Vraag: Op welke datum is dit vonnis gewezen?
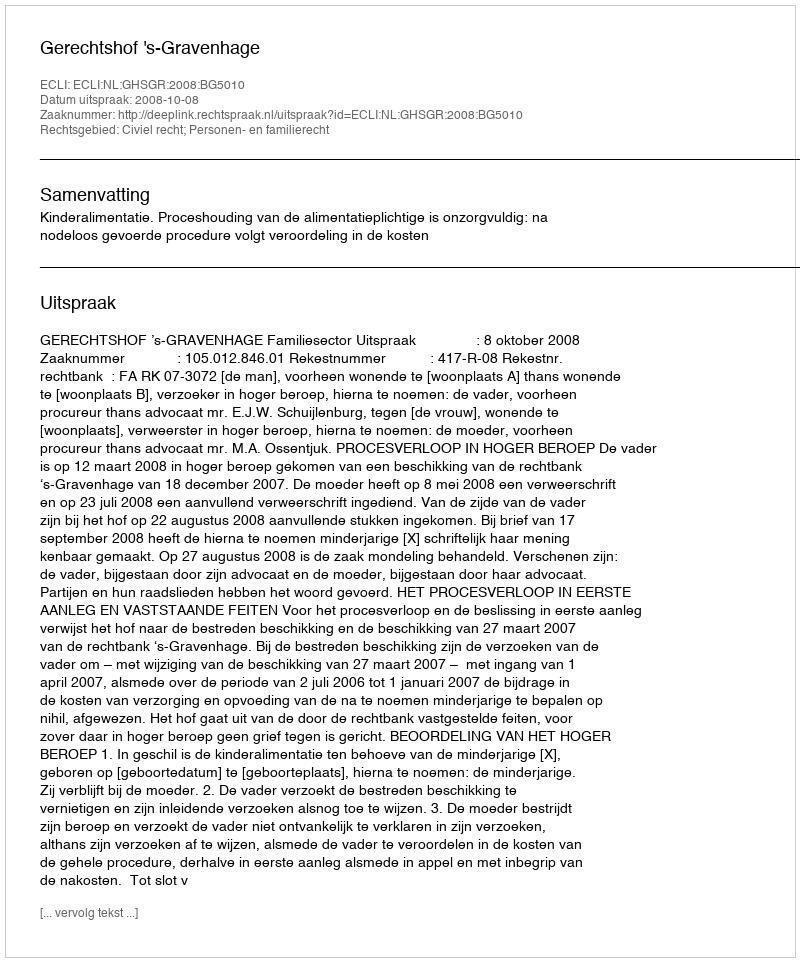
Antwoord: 2008-10-08